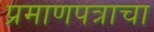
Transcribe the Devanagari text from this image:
प्रमाणपत्राचा